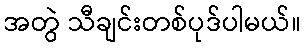
အတွဲ သီချင်းတစ်ပုဒ်ပါမယ်။